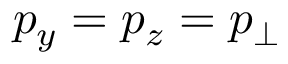
p _ { y } = p _ { z } = p _ { \perp }